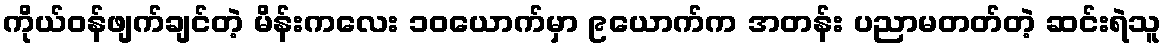
ကိုယ်ဝန်ဖျက်ချင်တဲ့ မိန်းကလေး ၁၀ယောက်မှာ ၉ယောက်က အတန်း ပညာမတတ်တဲ့ ဆင်းရဲသူ